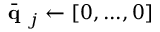
\bar { \textbf { q } } _ { j } \leftarrow [ 0 , . . . , 0 ]